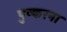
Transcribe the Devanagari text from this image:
पुष्करना